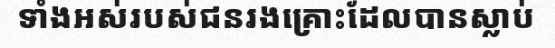
ទាំងអស់របស់ជនរងគ្រោះដែលបានស្លាប់